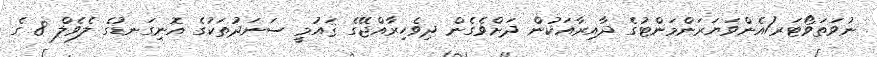
ނުވަތަވޯޓަރ/އެންވަޔަރަންމަންޓުގެ ދާއިރާއަކުން ދަށްވެގެން ދިވެހިރާއްޖޭގެ ޤައުމީ ސަނަދުތަކުގެ އޮނިގަނޑުގެ ލެވެލް 8 ގެ